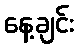
နေ့ချင်း